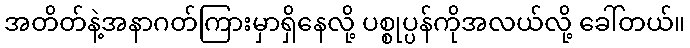
အတိတ်နဲ့အနာဂတ်ကြားမှာရှိနေလို့ ပစ္စုပ္ပန်ကိုအလယ်လို့ ခေါ်တယ်။